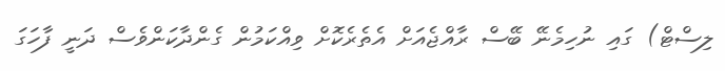
ލިސްޓް) ގައި ނުހިމެނޭ ބޭސް ރާއްޖެއަށް އެތެރެކޮށް ވިއްކަމުން ގެންދާކަންވެސް ދަނީ ފާހަގަ